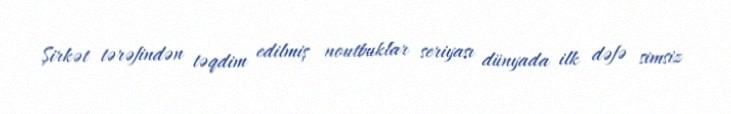
Şirkət tərəfindən təqdim edilmiş noutbuklar seriyası dünyada ilk dəfə simsiz